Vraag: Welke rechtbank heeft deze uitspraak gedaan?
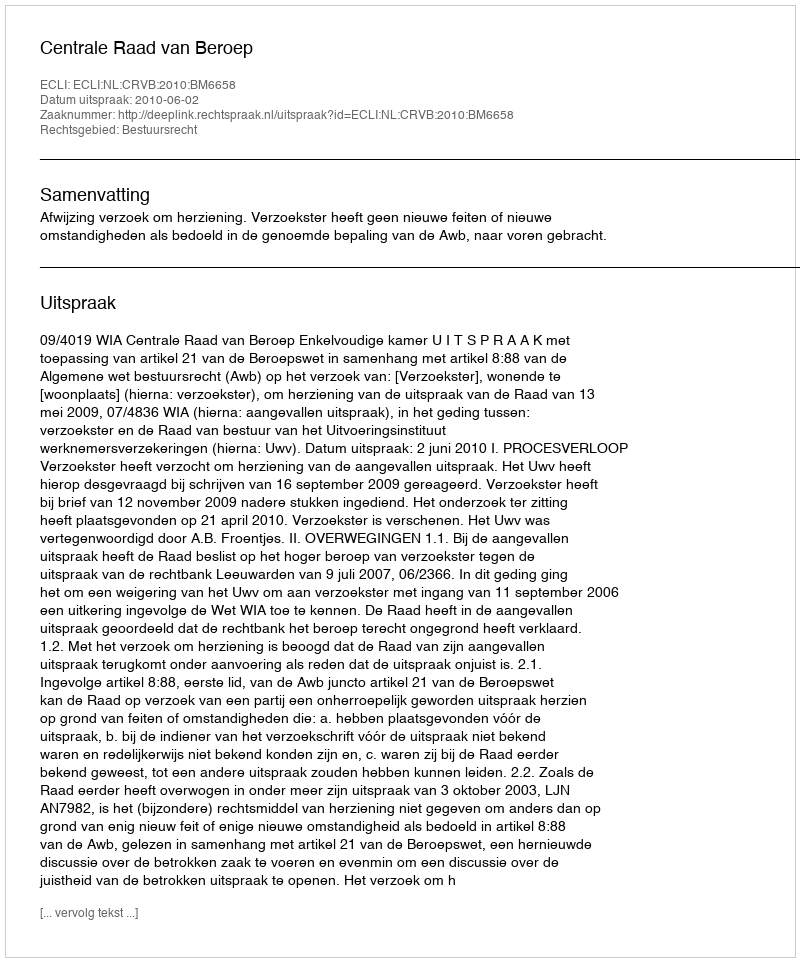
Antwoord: Centrale Raad van Beroep